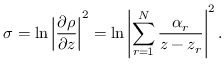
\sigma = \ln \left| { \frac { \partial \rho } { \partial z } } \right| ^ { 2 } = \ln \left| \sum _ { r = 1 } ^ { N } { \frac { \alpha _ { r } } { z - z _ { r } } } \right| ^ { 2 } .